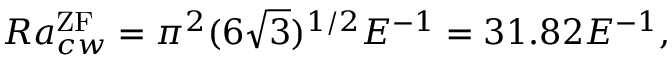
R a _ { c w } ^ { \mathrm { \tiny { Z F } } } = \pi ^ { 2 } ( 6 \sqrt { 3 } ) ^ { 1 / 2 } E ^ { - 1 } = 3 1 . 8 2 E ^ { - 1 } ,